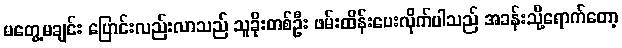
မတွေ့မချင်း ပြောင်းလည်းလာသည် သူခိုးတစ်ဦး ဖမ်းထိန်းပေးလိုက်ပါသည် အခန်းသို့ရောက်တော့